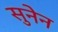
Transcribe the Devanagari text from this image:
सुनेन